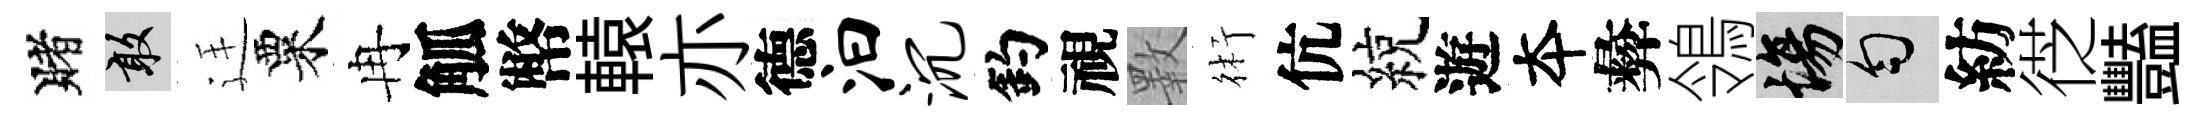
賭敢廷粟冉觚幣轅亦德汩沉釣視斁術伉綂遊夲彜鴒場匀紡徔豔